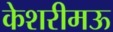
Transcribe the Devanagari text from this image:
केशरीमऊ